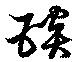
琰